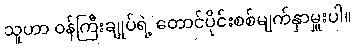
သူဟာ ဝန်ကြီးချုပ်ရဲ့ တောင်ပိုင်းစစ်မျက်နှာမှူးပါ။